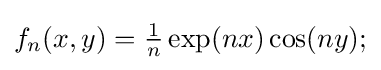
{\textstyle f_{n}(x,y)={\frac {1}{n}}\exp(nx)\cos(ny);}